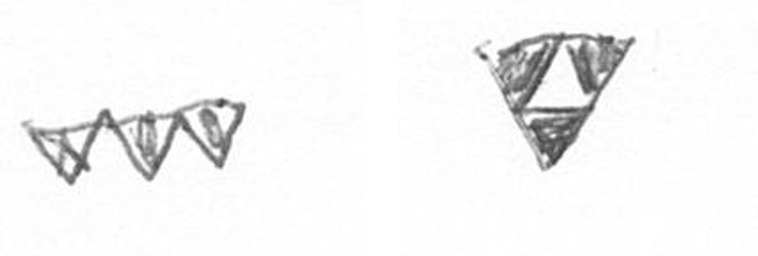
L S